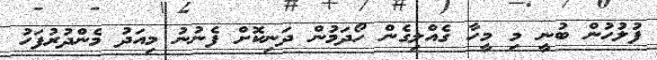
ފުލުހުން ބުނީ މި މީހާ ގެއްލިގެން ހޯދަމުން ދަނިކޮށް ފެނުނު މިއަދު މެންދުުރުފަހު